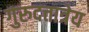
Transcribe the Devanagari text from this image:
गुरुदत्तात्रेय